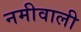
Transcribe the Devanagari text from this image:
नमीवाली